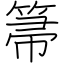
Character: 箒